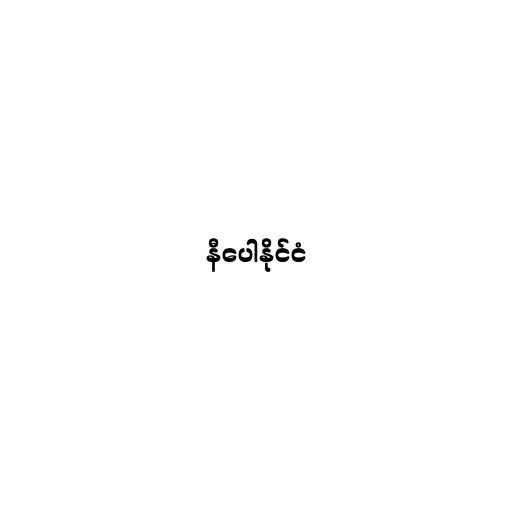
နီပေါနိုင်ငံ